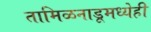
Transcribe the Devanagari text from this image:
तामिळनाडूमध्येही